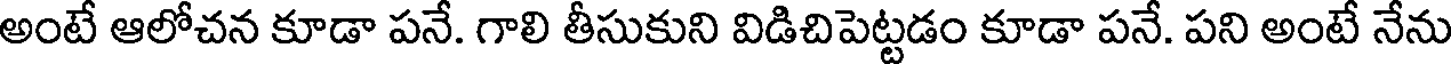
అంటే ఆలోచన కూడా పనే. గాలి తీసుకుని విడిచిపెట్టడం కూడా పనే. పని అంటే నేను